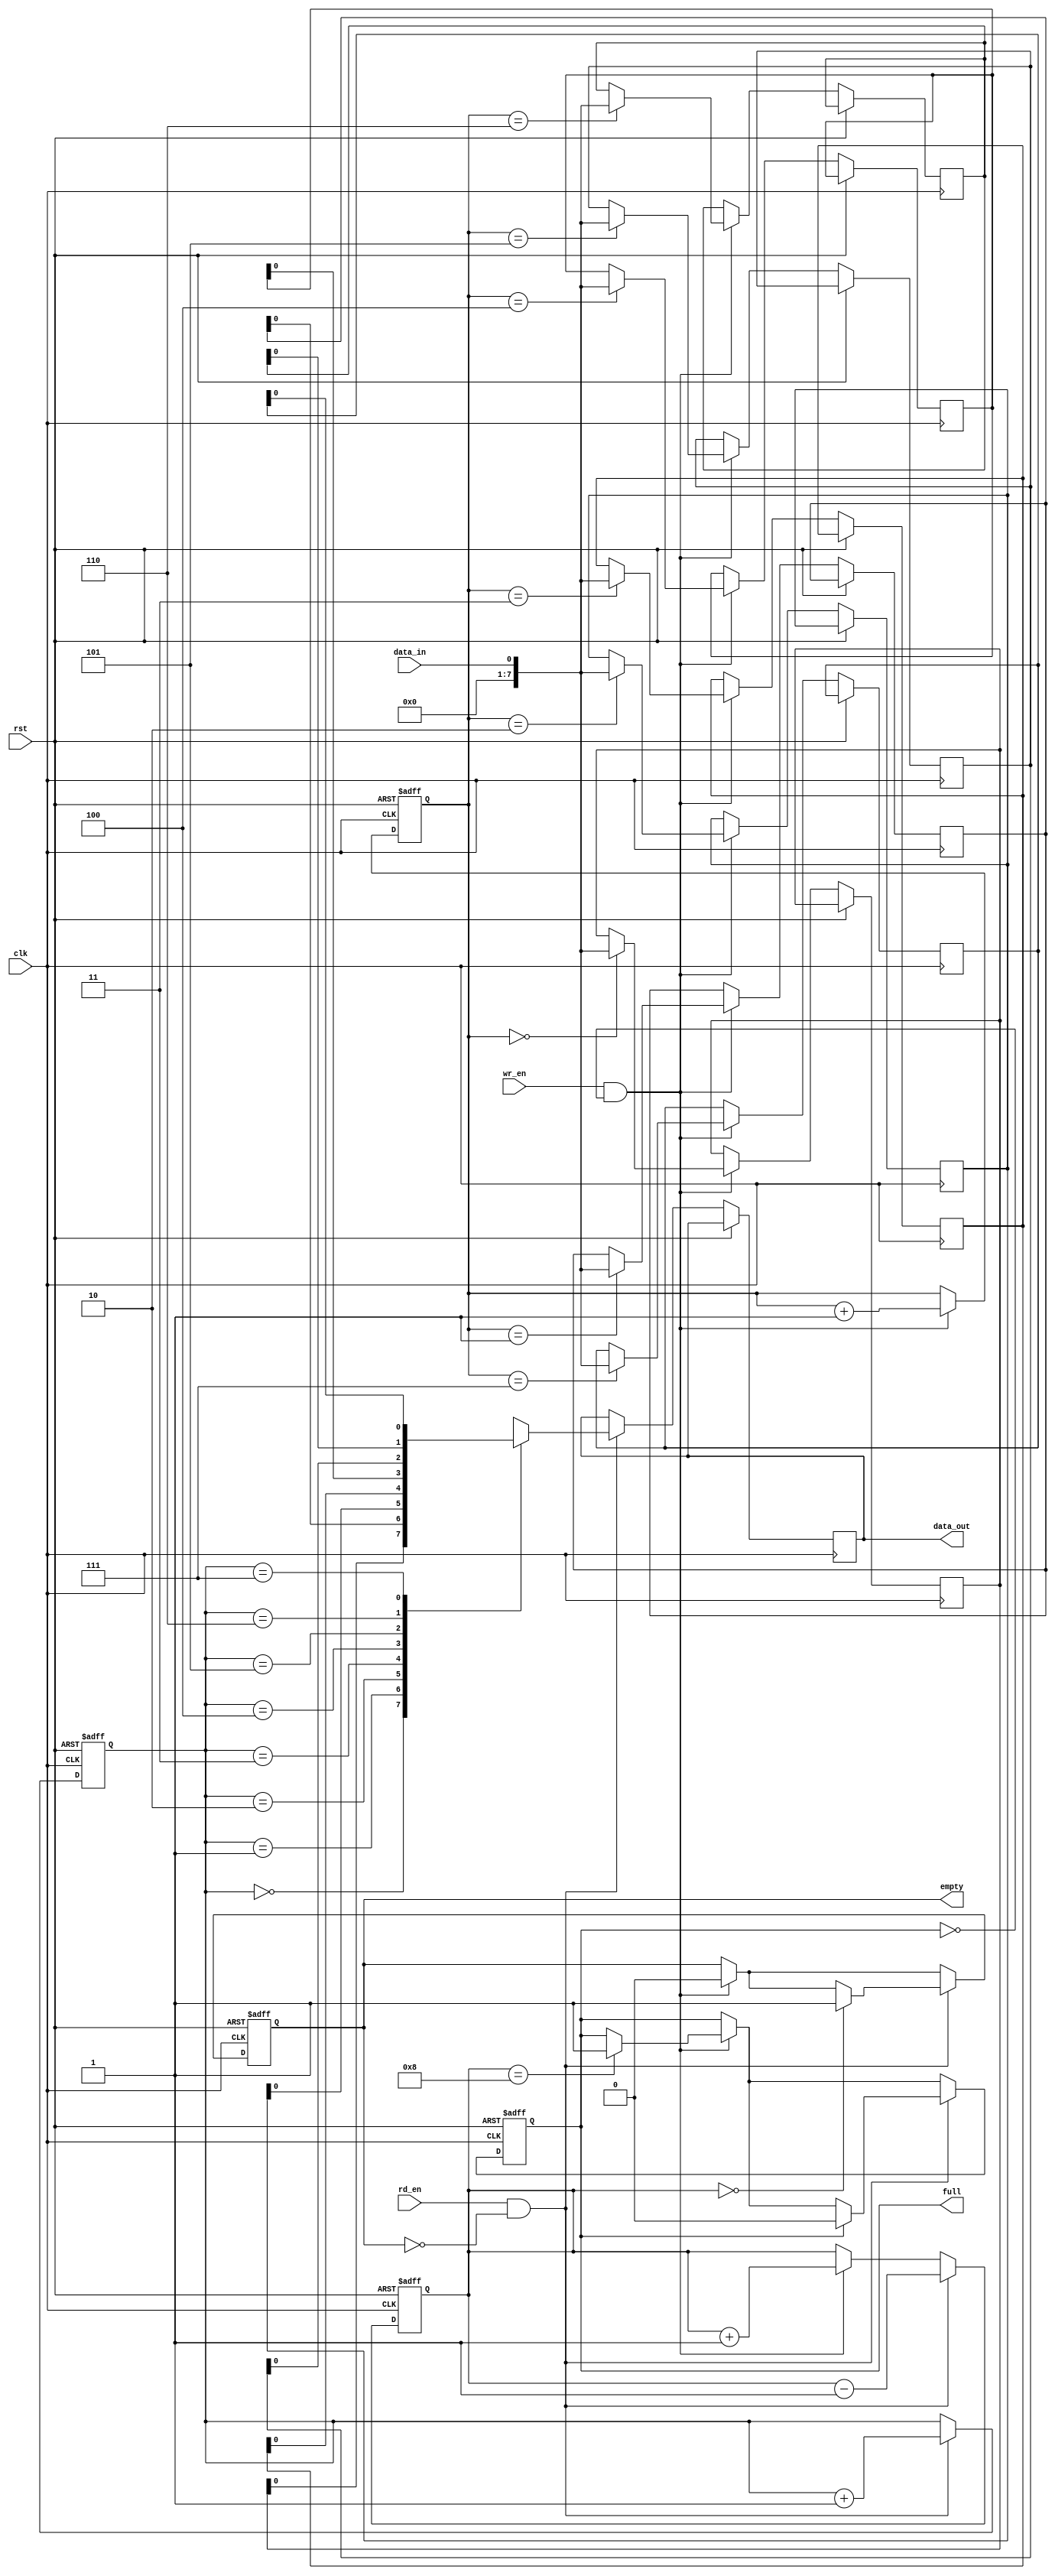
module async_fifo (
  input wire clk,           // Clock signal
  input wire rst,           // Reset signal
  input wire wr_en,         // Write enable signal
  input wire rd_en,         // Read enable signal
  input wire data_in,       // Data input
  output reg data_out,      // Data output
  output reg full,          // Full flag
  output reg empty          // Empty flag
);

parameter DEPTH = 8;        // Depth of the FIFO

reg [7:0] memory [0:DEPTH-1];  // Memory to store data
reg [2:0] write_ptr;           // Write pointer
reg [2:0] read_ptr;            // Read pointer
reg [3:0] occupancy;           // Current occupancy of the FIFO

always @(posedge clk or posedge rst) begin
  if (rst) begin
    write_ptr <= 0;
    read_ptr <= 0;
    occupancy <= 0;
    full <= 0;
    empty <= 1;
  end else begin
    if (wr_en && !full) begin
      memory[write_ptr] <= data_in;
      write_ptr <= write_ptr + 1;
      occupancy <= occupancy + 1;
      if (occupancy == DEPTH) begin
        full <= 1;
      end
      if (empty) begin
        empty <= 0;
      end
    end
  
    if (rd_en && !empty) begin
      data_out <= memory[read_ptr];
      read_ptr <= read_ptr + 1;
      occupancy <= occupancy - 1;
      if (occupancy == 0) begin
        empty <= 1;
      end
      if (full) begin
        full <= 0;
      end
    end
  end
end

endmodule